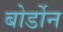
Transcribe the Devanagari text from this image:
बोर्डोन